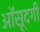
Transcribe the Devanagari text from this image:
आॅसूदगी